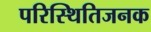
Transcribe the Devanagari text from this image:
परिस्थितिजनक